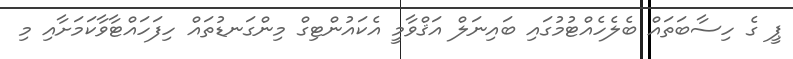
ޕީ ގެ ހިސާބަތައް ބެލެހެއްޓުމުގައި ބައިނަލް އަޤްވާމީ އެކައުންޓިގް މިންގަނޑުތައް ހިފަހައްޓާވާކަމަށާއި މި